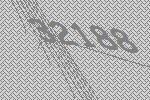
32188